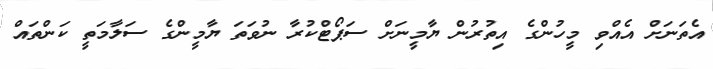
އެތަނަށް އެއްވި މީހުންގެ އިތުރުން ޔާމީނަށް ސަޕޯޓްކުރާ ނުވަތަ ޔާމީންގެ ސަލާމަތީ ކަންތައް